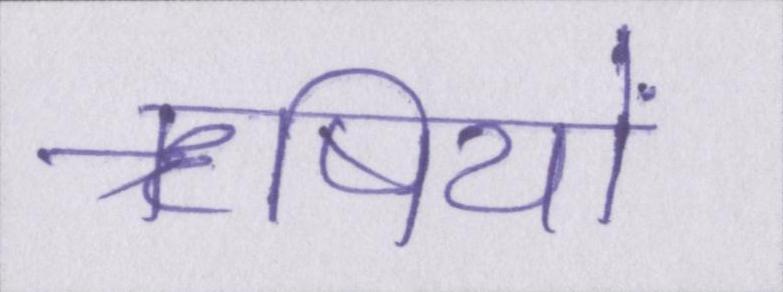
ॠषियों